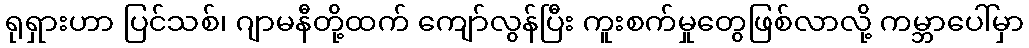
ရုရှားဟာ ပြင်သစ်၊ ဂျာမနီတို့ထက် ကျော်လွန်ပြီး ကူးစက်မှုတွေဖြစ်လာလို့ ကမ္ဘာပေါ်မှာ